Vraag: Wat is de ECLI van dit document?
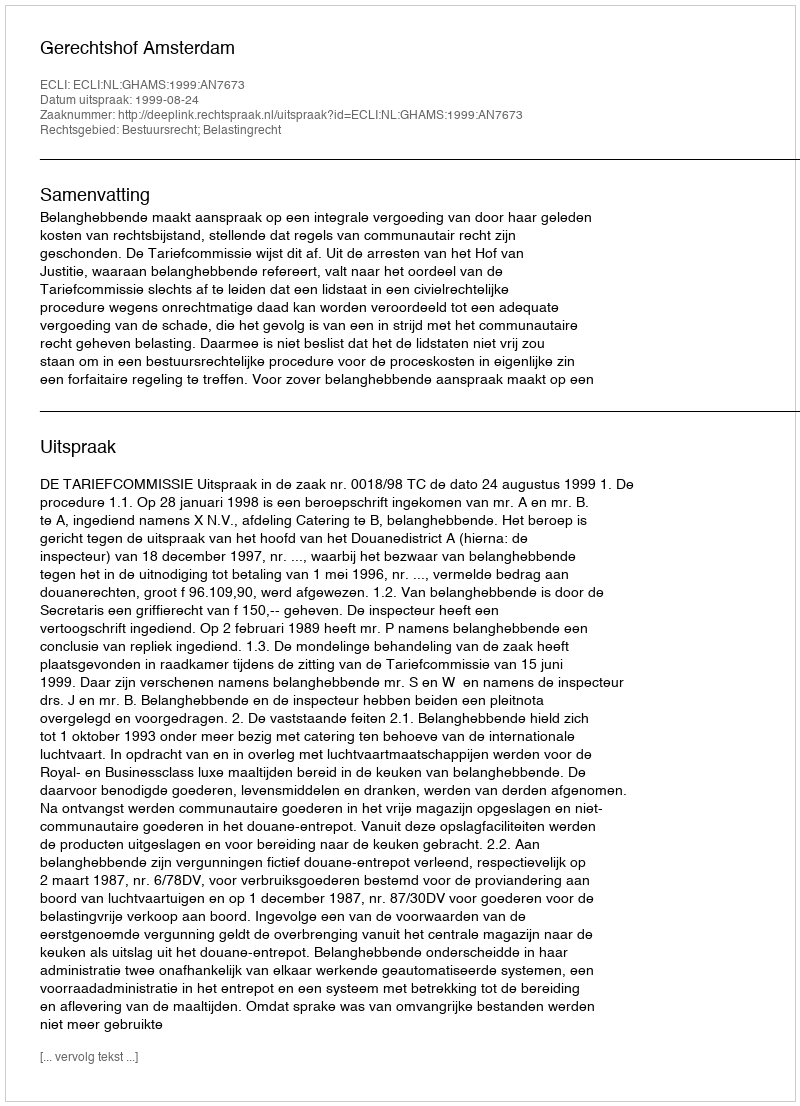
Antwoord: ECLI:NL:GHAMS:1999:AN7673